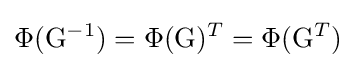
\Phi (\mathrm {G} ^{-1})=\Phi (\mathrm {G} )^{T}=\Phi {(\mathrm {G} ^{T})}